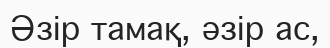
Әзір тамақ, әзір ас,